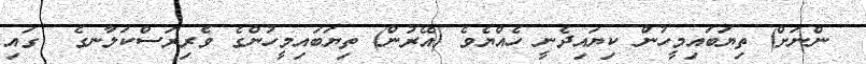
ންނަށް) ތިޔަބައިމީހުން ކިޔައިދެނީ ހެއްޔެވެ (އޭރުން) ތިޔަބައިމީހުންގެ ވެރިރަސްކަލާނގެ  ގައި